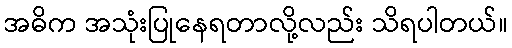
အဓိက အသုံးပြုနေရတာလို့လည်း သိရပါတယ်။